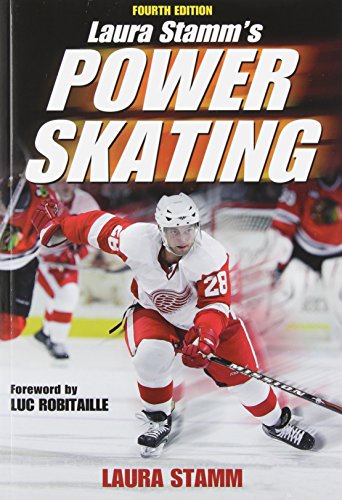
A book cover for Laura Stamm's Power Skating Book-4th Edition/DVD Package; Human Kinetics; Sports & Outdoors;